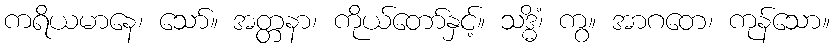
ကရိယမာနေ၊ သော်။ အတ္တနာ၊ ကိုယ်တော်နှင့်။ သဒ္ဓိံ၊ ကွ။ အာဂတေ၊ ကုန်သော။